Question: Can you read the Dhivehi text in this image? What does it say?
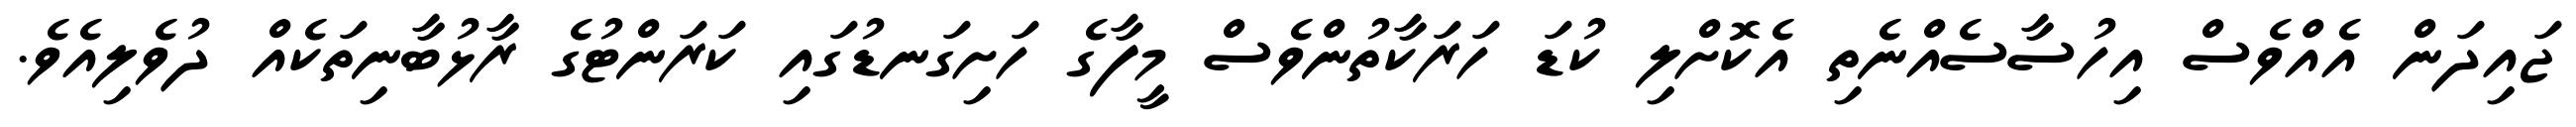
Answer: ޖައިދަން އެއްވެސް އިހުސާސެއްނެތި އެކޮށްލި ކުޑަ ހަރަކާތުންވެސް މީފާގެ ހަށިގަނޑުގައި ކަރަންޓުގެ ރާޅުބާނިތަކެއް ދުވެލިއެވެ.